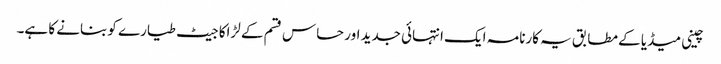
چینی میڈیا کے مطابق یہ کارنامہ ایک انتہائی جدید اور حساس قسم کے لڑاکا جیٹ طیارے کو بنانے کا ہے۔